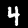
Label: 4